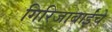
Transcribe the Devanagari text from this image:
गिरिजाबाईंचे